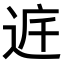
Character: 𨓀